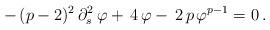
LaTeX: \begin{align*}-\,(p-2)^2\,\partial^2_s\,\varphi+\,4\,\varphi-\,2\,p\,\varphi^{p-1}=0\,.\end{align*}